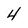
Character: 4